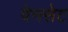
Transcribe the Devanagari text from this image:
वेनसेट